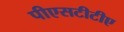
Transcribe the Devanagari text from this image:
पीएसटीटीए